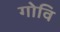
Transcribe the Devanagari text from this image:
गोवि